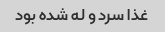
غذا سرد و له شده بود